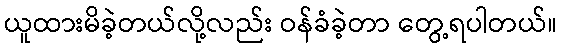
ယူထားမိခဲ့တယ်လို့လည်း ဝန်ခံခဲ့တာ တွေ့ရပါတယ်။